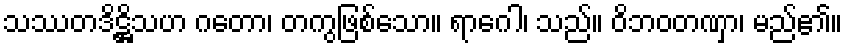
သဿတဒိဋ္ဌိသဟ ဂတော၊ တကွဖြစ်သော။ ရာဂေါ၊ သည်။ ဝိဘဝတဏှာ၊ မည်၏။